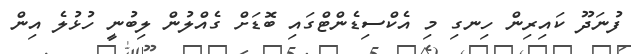
ފުނަދޫ ކައިރިން ހިނގި މި އެކްސިޑެންޓްގައި ބޮޑަށް ގެއްލުން ލިބުނީ ހުޅުލެ އިން